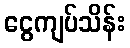
ငွေကျပ်သိန်း